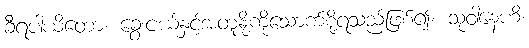
ခီရပါယိတော၊ ခွေးငယ်နှင့်အတူနို့ကိုသောက်စို့ရသည်ဖြစ်၍။ သုဝါနေဟိ၊